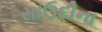
સાઉદીના